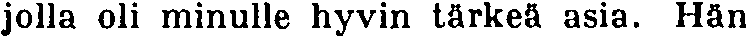
jolla oli minulle hyvin tärkeä asia. Hän